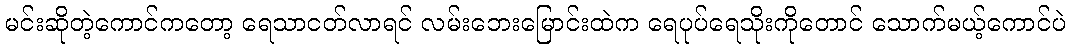
မင်းဆိုတဲ့ကောင်ကတော့ ရေသာငတ်လာရင် လမ်းဘေးမြောင်းထဲက ရေပုပ်ရေသိုးကိုတောင် သောက်မယ့်ကောင်ပဲ